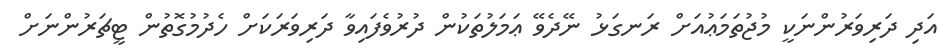
އަދި ދަރިވަރުންނަކީ މުޖުތަމަޢުއަށް ރަނގަޅު ނޭދެވޭ ޢަމަލުތަކުން ދުރުވެފައިވާ ދަރިވަރަކަށް ހެދުމުގޮތުން ޓީޗަރުންނަށް